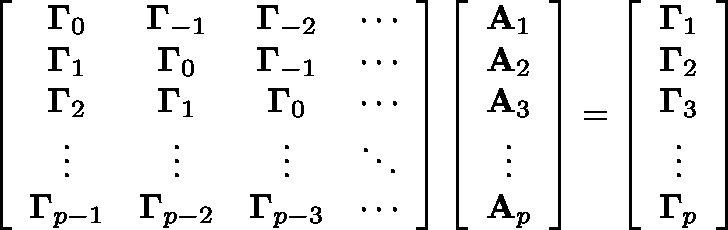
\left[ \begin{array} { c c c c } { \mathbf { \Gamma } _ { 0 } } & { \mathbf { \Gamma } _ { - 1 } } & { \mathbf { \Gamma } _ { - 2 } } & { \cdots } \\ { \mathbf { \Gamma } _ { 1 } } & { \mathbf { \Gamma } _ { 0 } } & { \mathbf { \Gamma } _ { - 1 } } & { \cdots } \\ { \mathbf { \Gamma } _ { 2 } } & { \mathbf { \Gamma } _ { 1 } } & { \mathbf { \Gamma } _ { 0 } } & { \cdots } \\ { \vdots } & { \vdots } & { \vdots } & { \ddots } \\ { \mathbf { \Gamma } _ { p - 1 } } & { \mathbf { \Gamma } _ { p - 2 } } & { \mathbf { \Gamma } _ { p - 3 } } & { \cdots } \end{array} \right] \left[ \begin{array} { c } { \mathbf { A } _ { 1 } } \\ { \mathbf { A } _ { 2 } } \\ { \mathbf { A } _ { 3 } } \\ { \vdots } \\ { \mathbf { A } _ { p } } \end{array} \right] = \left[ \begin{array} { c } { \mathbf { \Gamma } _ { 1 } } \\ { \mathbf { \Gamma } _ { 2 } } \\ { \mathbf { \Gamma } _ { 3 } } \\ { \vdots } \\ { \mathbf { \Gamma } _ { p } } \end{array} \right]